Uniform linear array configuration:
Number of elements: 48
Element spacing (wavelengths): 0.25
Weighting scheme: hann
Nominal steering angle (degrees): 30
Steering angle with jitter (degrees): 28.542
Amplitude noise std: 0.05
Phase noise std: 0.05

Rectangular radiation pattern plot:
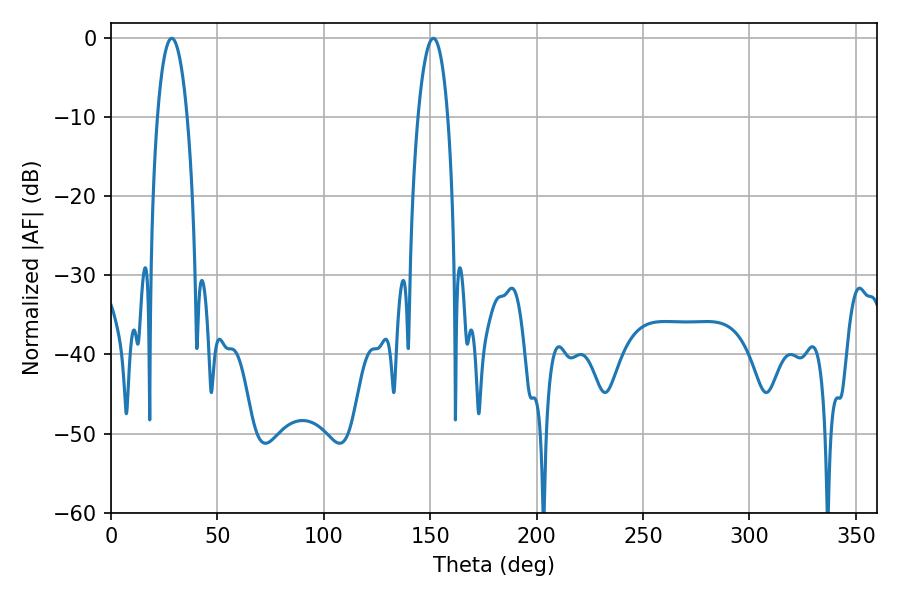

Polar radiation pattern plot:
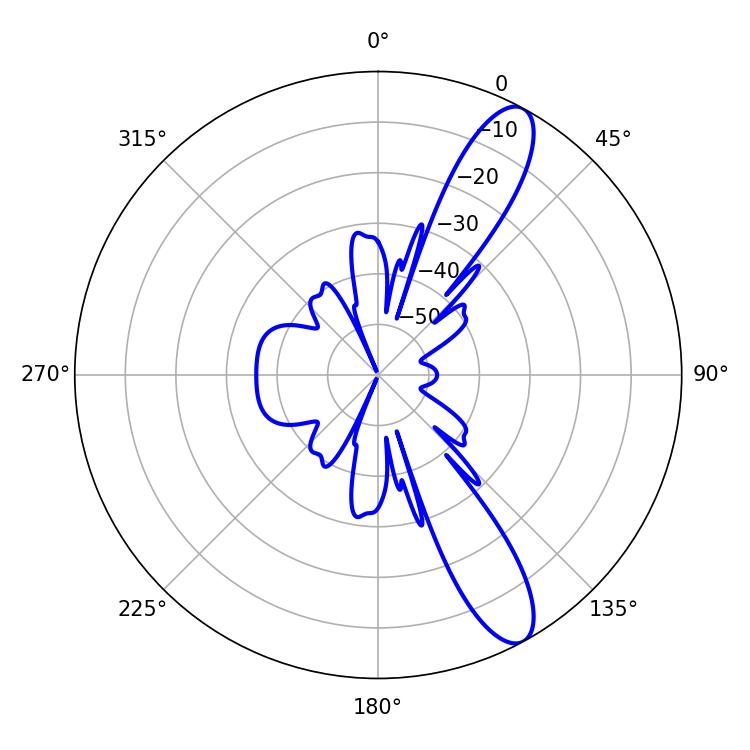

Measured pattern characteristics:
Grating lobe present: FALSE
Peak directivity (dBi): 11.569
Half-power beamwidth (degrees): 7.92
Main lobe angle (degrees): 28.62